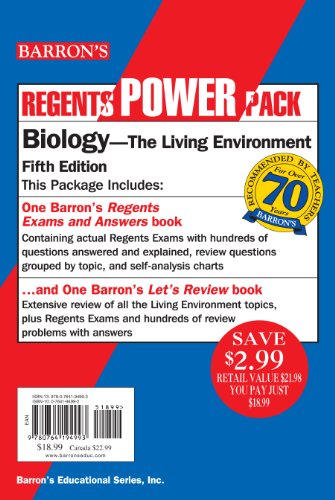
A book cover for Biology Power Pack (Regents Power Packs); G. Scott Hunter; Test Preparation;